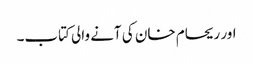
اور ریحام خان کی آنے والی کتاب۔